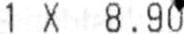
1 X 8.90